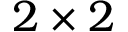
2 \times 2